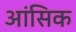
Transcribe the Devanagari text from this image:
आंसिक